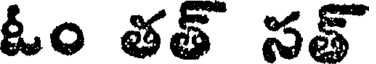
ఓం తత్ సత్